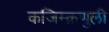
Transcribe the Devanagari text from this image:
कजिम्क़णुली